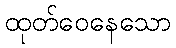
ထုတ်ဝေနေသော